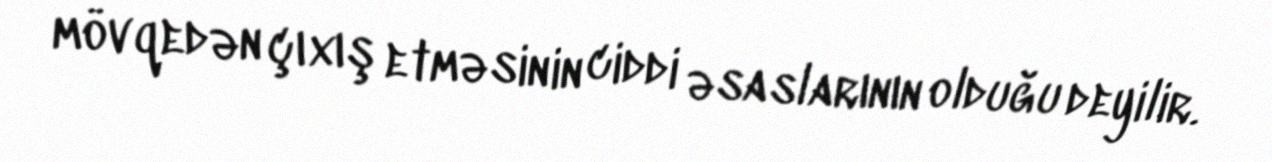
mövqedən çıxış etməsinin ciddi əsaslarının olduğu deyilir.